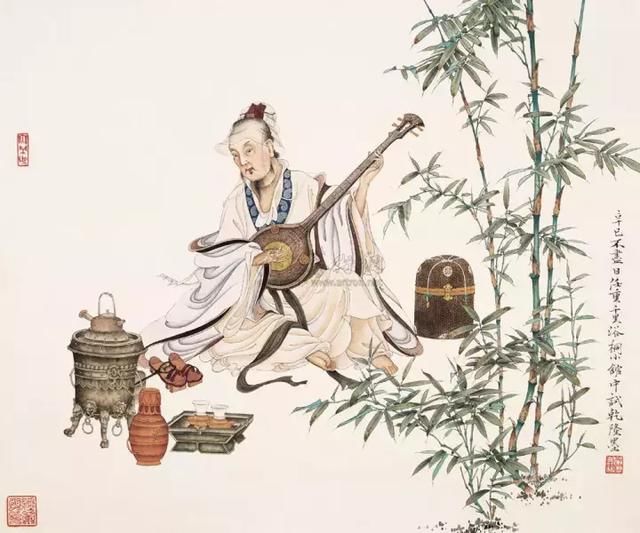
欢言得所憩，美酒聊共挥。